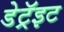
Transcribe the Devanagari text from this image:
डेट्रॅइट